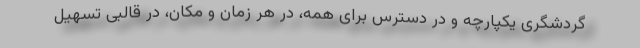
گردشگری یکپارچه و در دسترس برای همه، در هر زمان و مکان، در قالبی تسهیل